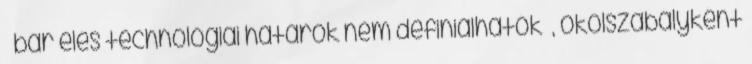
– bár éles technológiai határok nem definiálhatók –, ökölszabályként